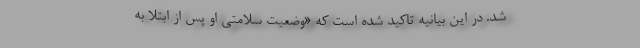
شد. در این بیانیه تاکید شده است که «وضعیت سلامتی او پس از ابتلا به